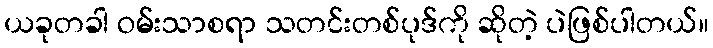
ယခုတခါ ဝမ်းသာစရာ သတင်းတစ်ပုဒ်ကို ဆိုတဲ့ ပဲဖြစ်ပါတယ်။